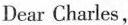
Dear Charles,